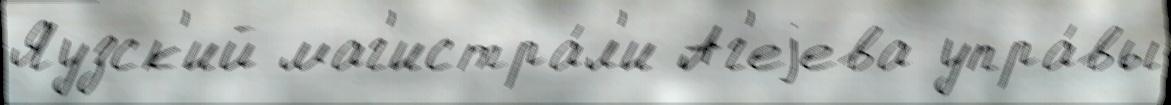
Яузск'ий маг'истра́л'и Аг'еjева упра́вы